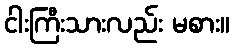
ငါးကြီးသားလည်း မစား။